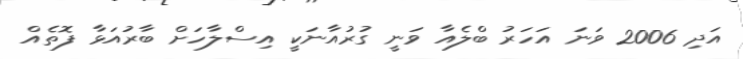
އަދި 2006 ވަނަ އަހަރު ބްލެއާ ވަނީ ގުރުއާނަކީ އިސްލާހަށް ބާރުއަޅާ ފޮތެއް